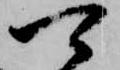
可